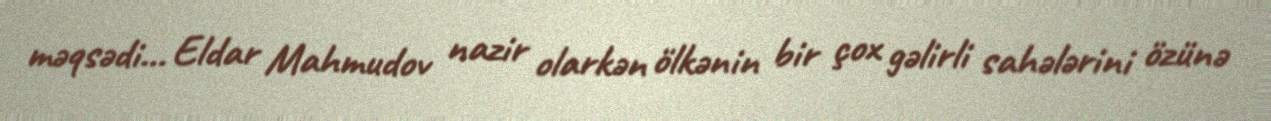
məqsədi... Eldar Mahmudov nazir olarkən ölkənin bir çox gəlirli sahələrini özünə